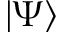
| \Psi \rangle